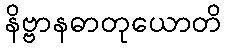
နိဗ္ဗာနဓာတုယောတိ